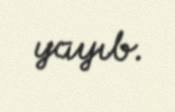
yayıb.